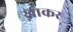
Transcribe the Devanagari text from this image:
ख़ाकर